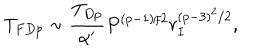
LaTeX: T _ { F D p } \sim \frac { T _ { D p } } { \alpha ^ { \prime } } P ^ { ( p - 1 ) / 2 } r _ { I } ^ { ( p - 3 ) ^ { 2 } / 2 } ,